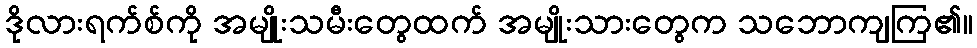
ဒိုလားရက်စ်ကို အမျိုးသမီးတွေထက် အမျိုးသားတွေက သဘောကျကြ၏။